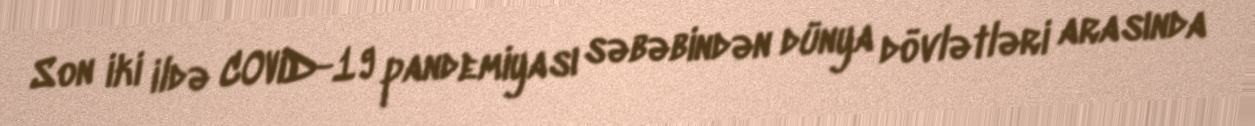
Son iki ildə COVID-19 pandemiyası səbəbindən dünya dövlətləri arasında